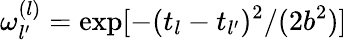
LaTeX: \omega_{l^{\prime}}^{(l)}=\exp[-(t_{l}-t_{l^{\prime}})^{2}/(2b^{2})]